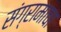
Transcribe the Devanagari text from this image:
संग्रामाचा